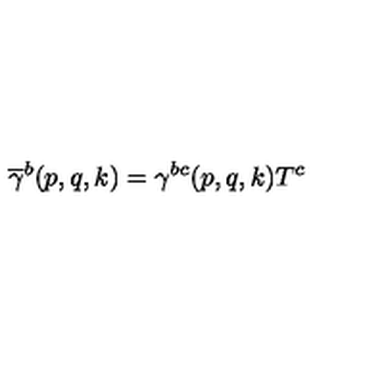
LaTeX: \overline { { \gamma } } ^ { b } ( p , q , k ) = \gamma ^ { b c } ( p , q , k ) T ^ { c }